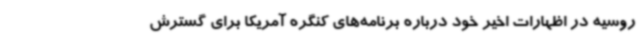
روسیه در اظهارات اخیر خود درباره برنامه‌های کنگره آمریکا برای گسترش